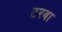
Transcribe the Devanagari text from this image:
टरबा